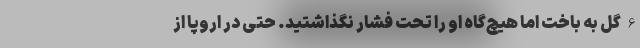
6 گل به باخت اما هیچ‌گاه او را تحت فشار نگذاشتید. حتی در اروپا از